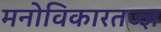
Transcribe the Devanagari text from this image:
मनोविकारतज्‍ज्ञ